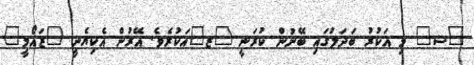
"ޝ" މި އަކުރު ބަދަލުގައި ބޭނުން ކުރަނީ "ޒ"އަކުރެވެ. އޭރުން އެކިޔެނީ "ޒައޯމީ"